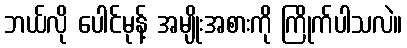
ဘယ်လို ပေါင်မုန့် အမျိုးအစားကို ကြိုက်ပါသလဲ။